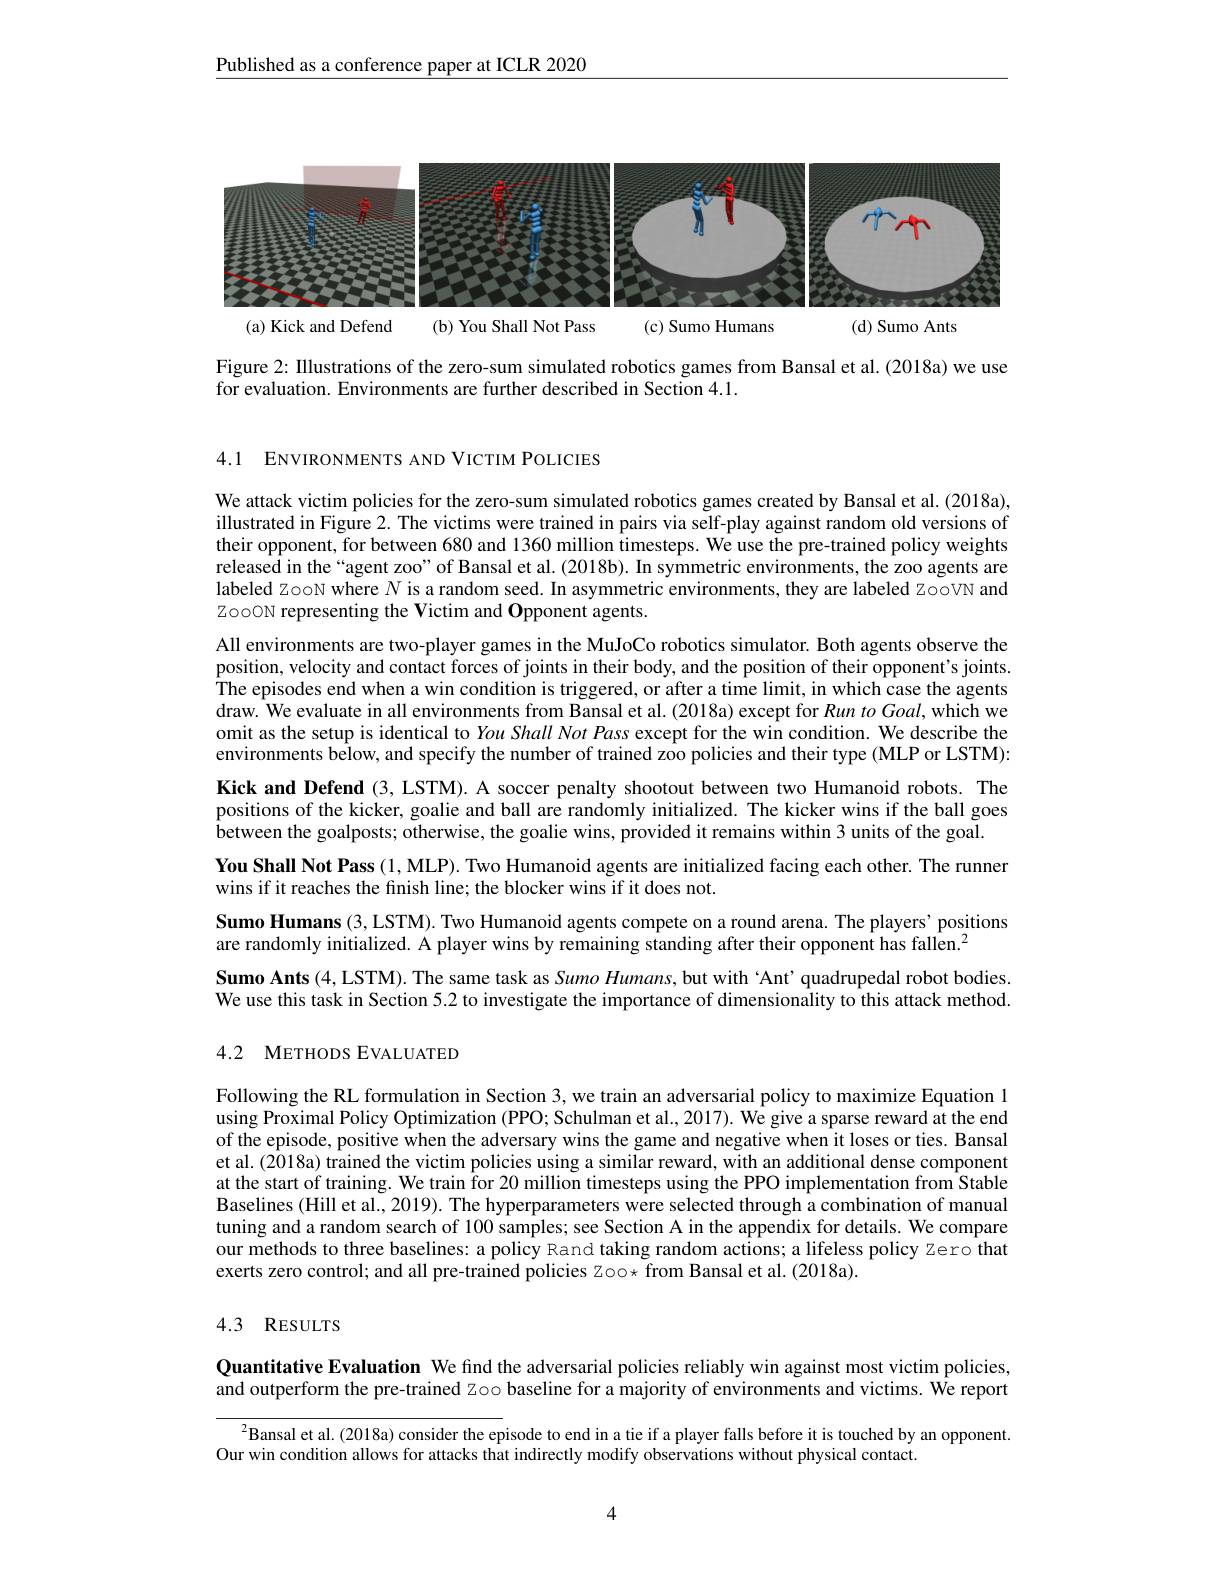
$\underline{\text{Published as a conference paper at ICLR 2020}}$

<FigureHere>

Figure 2: Illustrations of the zero-sum simulated robotics games from Bansal et al. (2018a) we use
for evaluation. Environments are further described in Section 4.1.

4.1 ENVIRONMENTS AND VICTIM POLICIES

We attack victim policies for the zero-sum simulated robotics games created by Bansal et al. (2018a), illustrated in Figure 2. The victims were trained in pairs via self-play against random old versions of their opponent, for between 680 and 1360 million timesteps. We use the pre-trained policy weights released in the “agent zoo” of Bansal et al. (2018b). In symmetric environments, the zoo agents are labeled zooN where $N$ is a random seed. In asymmetric environments, they are labeled zooVN and ZooON representing the Victim and Opponent agents.
All environments are two-player games in the MuJoCo robotics simulator. Both agents observe the position, velocity and contact forces of joints in their body, and the position of their opponent's joints. The episodes end when a win condition is triggered, or after a time limit, in which case the agents draw. We evaluate in all environments from Bansal et al. (2018a) except for Run to Goal, which we omit as the setup is identical to You Shall Not Pass except for the win condition. We describe the environments below, and specify the number of trained zoo policies and their type (MLP or LSTM): Kick and Defend (3, LSTM). A soccer penalty shootout between two Humanoid robots. The positions of the kicker, goalie and ball are randomly initialized. The kicker wins if the ball goes between the goalposts; otherwise, the goalie wins, provided it remains within 3 units of the goal.
You Shall Not Pass (1,MLP). Two Humanoid agents are initialized facing each other. The runner
wins if it reaches the finish line; the blocker wins if it does not.
Sumo Humans (3, LSTM). Two Humanoid agents compete on a round arena. The players' positions
are randomly initialized. A player wins by remaining standing after their opponent has fallen.$^{2}$
Sumo Ants (4, LSTM). The same task as Sumo Humans, but with Ant' quadrupedal robot bodies. We use this task in Section 5.2 to investigate the importance of dimensionality to this attack method. 4.2 METHODS EVALUATED

Following the RL formulation in Section 3, we train an adversarial policy to maximize Equation 1 using Proximal Policy Optimization (PPO; Schulman et al., 2017). We give a sparse reward at the end of the episode, positive when the adversary wins the game and negative when it loses or ties. Bansal et al. (2018a) trained the victim policies using a similar reward, with an additional dense component at the start of training. We train for 20 million timesteps using the PPO implementation from Stable Baselines (Hill et al., 2019). The hyperparameters were selected through a combination of manual tuning and a random search of 100 samples; see Section A in the appendix for details. We compare our methods to three baselines: a policy Rand taking random actions; a lifeless policy zero that exerts zero control; and all pre-trained policies Zoo* from Bansal et al. (2018a).

## 4.3 RESULTS

Quantitative Evaluation We find the adversarial policies reliably win against most victim policies, and outperform the pre-trained zoo baseline for a majority of environments and victims. We report

$^{2}$Bansal et al. (2018a) consider the episode to end in a tie if a player falls before it is touched by an opponent.

Our win condition allows for attacks that indirectly modify observations without physical contact.

4